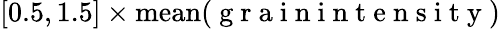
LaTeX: [0.5,1.5]\times\textrm{mean}(\mathrm{~g~r~a~i~n~i~n~t~e~n~s~i~t~y~})